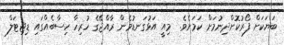
ބަޔަކަށް ފޯރުކޮށްދިނުމަށް ކަމަށެވެ.  މިއީ އަޅުގަނޑުމެން ރާއްޖޭގެ ހުރިހާ ހިސާބެއްގައި ޑިޖިޓަލް